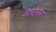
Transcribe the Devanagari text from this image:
नेलोनेन